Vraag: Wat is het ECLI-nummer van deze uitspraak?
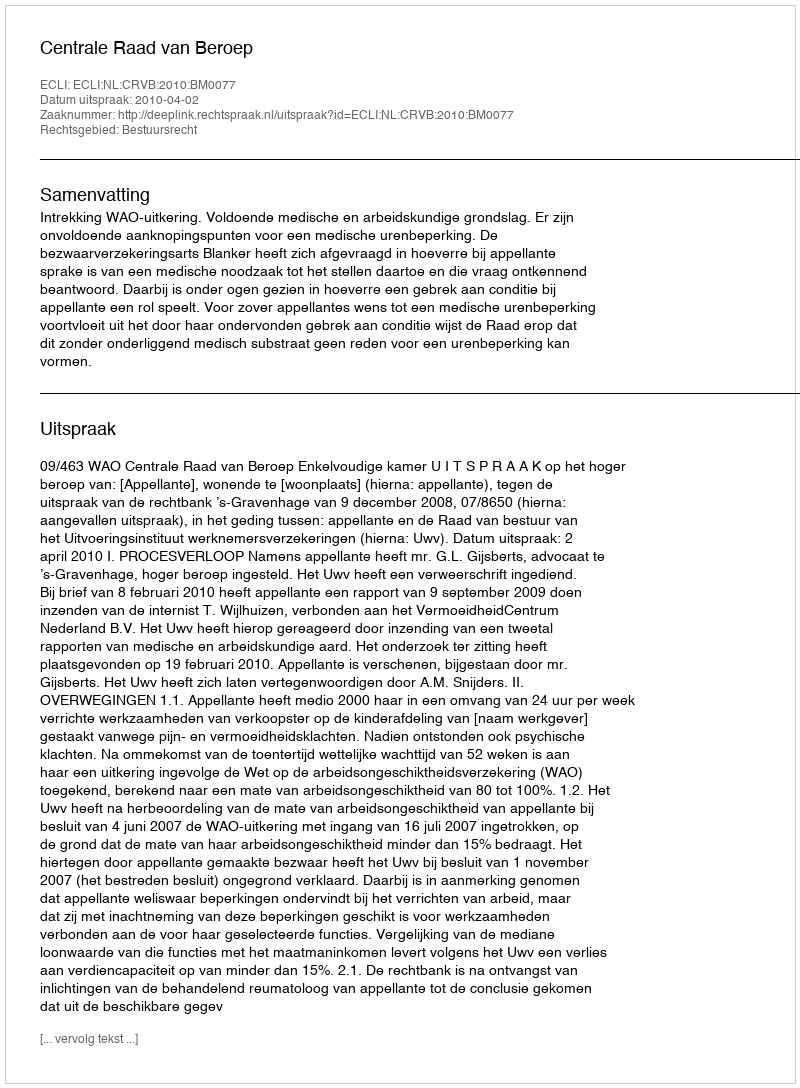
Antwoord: ECLI:NL:CRVB:2010:BM0077